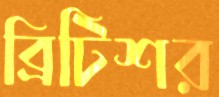
ব্রিটিশর